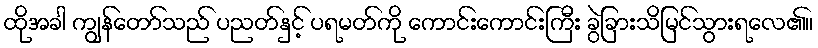
ထိုအခါ ကျွန်တော်သည် ပညတ်နှင့် ပရမတ်ကို ကောင်းကောင်းကြီး ခွဲခြားသိမြင်သွားရလေ၏။